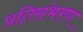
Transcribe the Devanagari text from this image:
प्रतिसंभरण